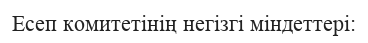
Есеп комитетінің негізгі міндеттері: